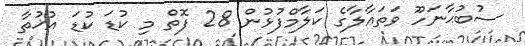
ސުބުޙާނަހޫ ވަތަޢާލާގެ ކަލާމްފުޅުން 28 ފޮތް މި ކުޑަ ކުޑަ އުޚުތާ